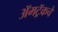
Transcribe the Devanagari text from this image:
ॲमट्रॅकचे